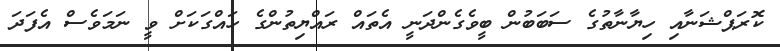
ކޮރަޕްޝަނާއި ހިޔާނާތުގެ ސަބަބުން ބީވެގެންދަނީ އެތައް ރައްޔިތުންގެ ހައްގަކަށް ވީ ނަމަވެސް އެފަދަ